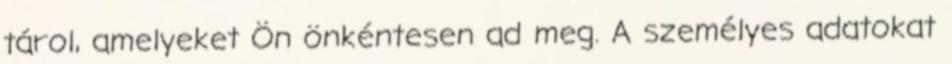
tárol, amelyeket Ön önkéntesen ad meg. A személyes adatokat